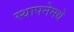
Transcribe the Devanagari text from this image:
स्थापनेमधे